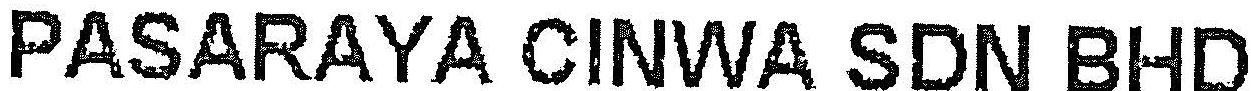
PASARAYA CINWA SDN BHD